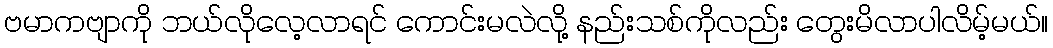
ဗမာကဗျာကို ဘယ်လိုလေ့လာရင် ကောင်းမလဲလို့ နည်းသစ်ကိုလည်း တွေးမိလာပါလိမ့်မယ်။